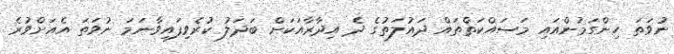
ނުވަތަ ހިންގަމުންއައި މަސައްކަތްތައް ދައުލަތުގެ ދެ އިދާރާއަކަށް ބަދަލު ކުރެވިފައިވާނަމަ ނުވަތަ އެއަށްވުރެ